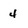
Character: 4